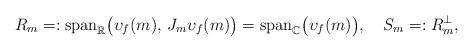
LaTeX: \begin{align*} R_m=:\mathrm{span}_\mathbb{R}\big(\upsilon_f(m),\,J_m\upsilon_f(m)\big)=\mathrm{span}_\mathbb{C}\big(\upsilon_f(m)\big),\,\,\,\,\,\,S_m=:R_m^\perp,\end{align*}